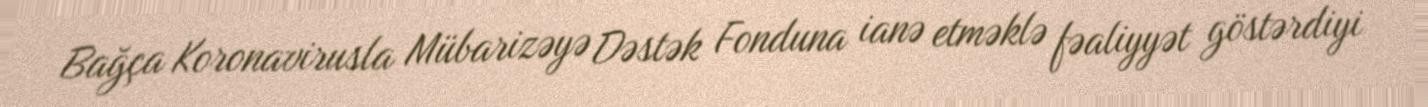
Bağça Koronavirusla Mübarizəyə Dəstək Fonduna ianə etməklə fəaliyyət göstərdiyi